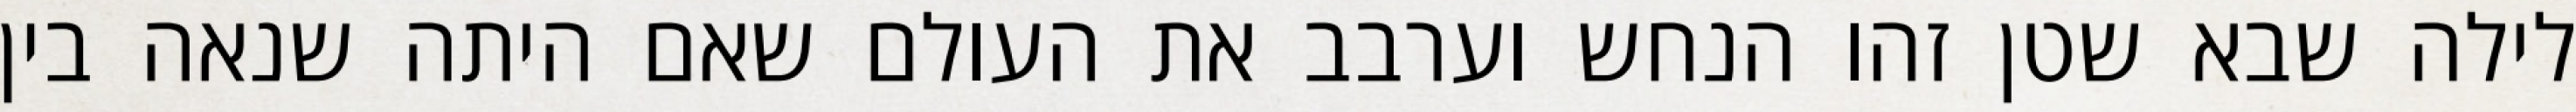
לילה שבא שטן זהו הנחש וערבב את העולם שאם היתה שנאה בין